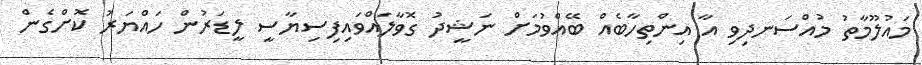
މައުލޫމާތު މުއްސަނދިވި އާ އިންތިހާބެއް ބޭއްވުމަށް ނަޝީދު ގޮވާލައްވައިފިސިޔާސީ ލީޑަރުން ހައްޔަރު ކޮށްގެން